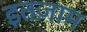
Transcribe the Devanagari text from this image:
इतज़ाम